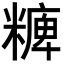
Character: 𥼊